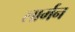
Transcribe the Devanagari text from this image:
लार्मन